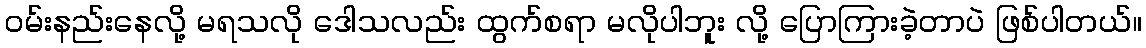
ဝမ်းနည်းနေလို့ မရသလို ဒေါသလည်း ထွက်စရာ မလိုပါဘူး လို့ ပြောကြားခဲ့တာပဲ ဖြစ်ပါတယ်။